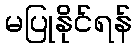
မပြုနိုင်ရန်